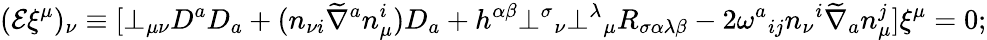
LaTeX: ({\cal E}\xi^{\mu})_{\nu}\equiv[\bot_{\mu\nu}D^{a}D_{a}+(n_{\nu i}\widetilde{\nabla}^{a}n_{\mu}^{i})D_{a}+h^{\alpha\beta}\bot^{\sigma}{_{\nu}}\bot^{\lambda}{_{\mu}}R_{\sigma\alpha\lambda\beta}-2\omega^{a}{_{ij}}n_{\nu}{^{i}}\widetilde{\nabla}_{a}n_{\mu}^{j}]\xi^{\mu}=0;